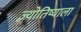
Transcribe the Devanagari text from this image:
ज्योतिष्याला